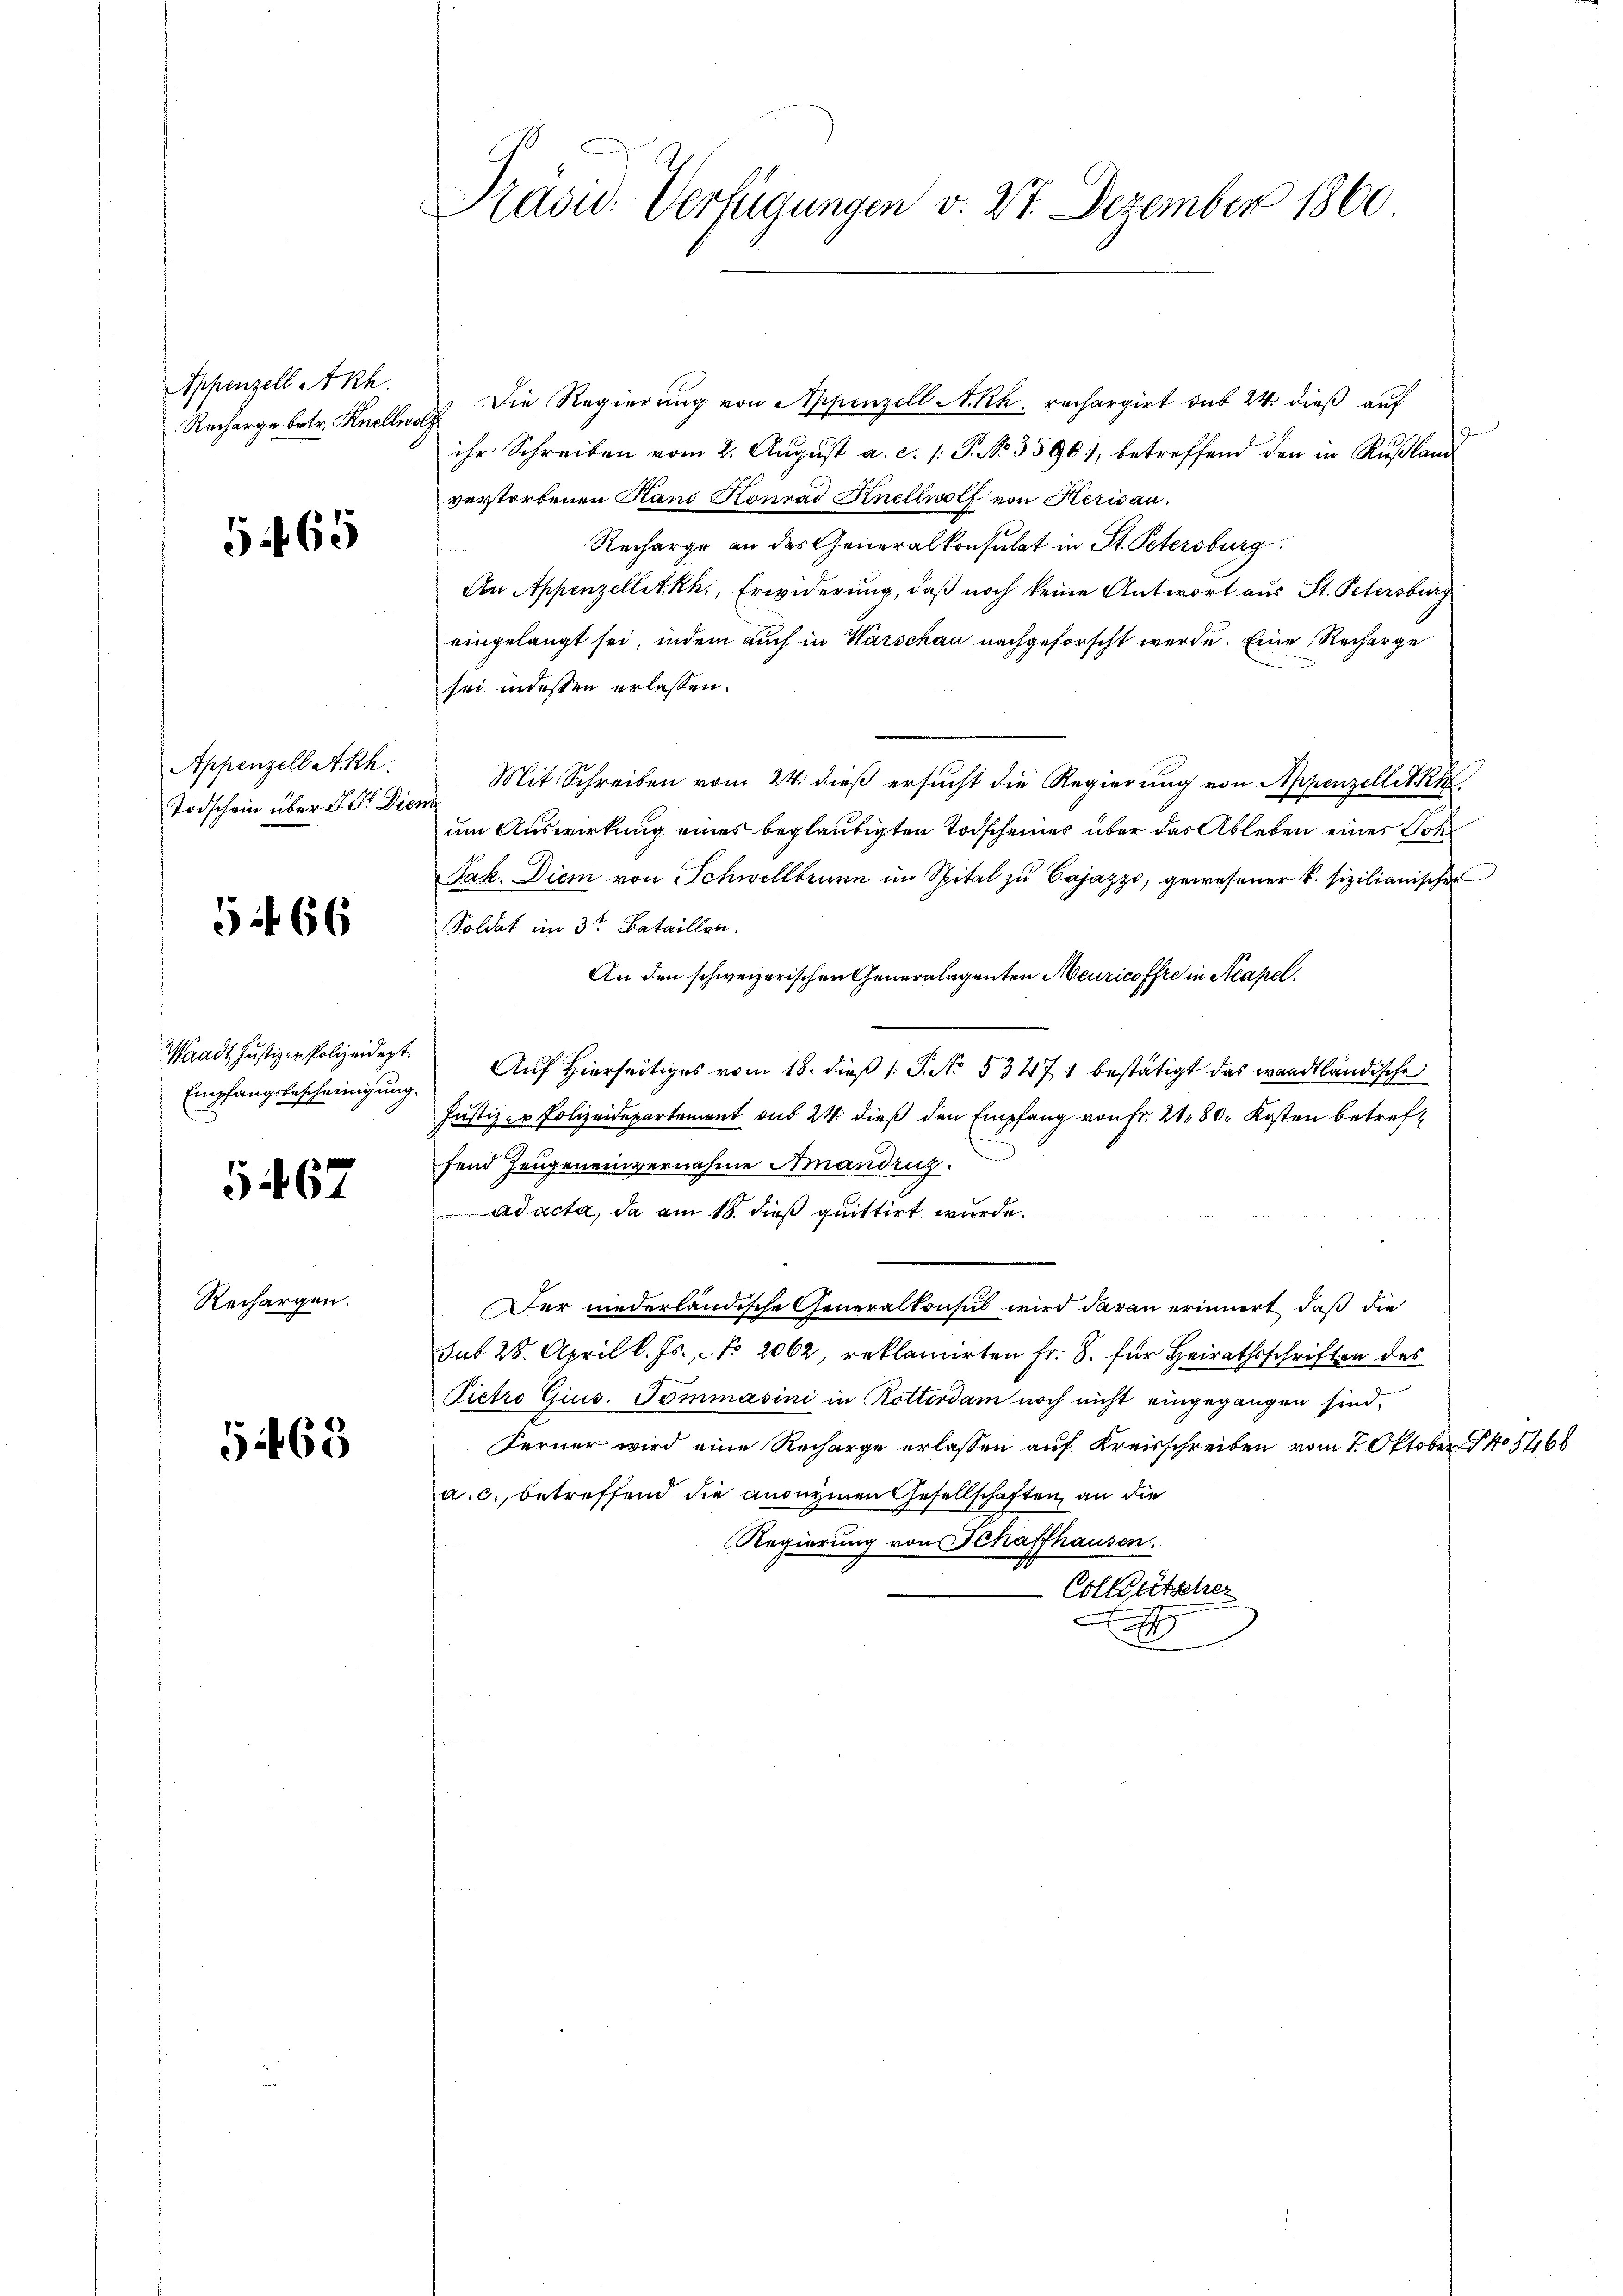
Appenzell Akh.
Recharge betr. Knellwolg

5465

Appenzell A.Rh.
Todschein über d. Dr. Diem

5466

Empfangsbescheinigung.

5467

Rechargen.

5468

Pasid. Verfügungen v. 27. Dezember 1860

Die Regierung von Appenzell A.Rh. rechargirt sub 24. dieß auf
ihr Schreiben vom 2. August a. c. /: P. Nr. 3596), betreffend den in Rußland
verstorbenen Hand Konrad Knellwolf von Herisau.
h
Recharge an des Generalkonsulat in St. Petersburg
An Appenzelletkh., Erwiderung, daß noch keine Antwort aus St. Petersburg
eingelangt sei, indem auch in Warschau nachgeforscht werde. Eine Recharge
sei indessen erlassen.
Mit Schreiben vom 24. dieß ersucht die Regierung von Appenzellitk
um Auswirkung eines beglaubigten Todscheines über das Ableben eines Soh
Jak. Diem von Schwellbrunn im Spital zu Pajazzo, gewesener k. sizilianischer
Soldat im 3te Bataillen.
An den schweizerischen Generalagenten Meuricoffre in Neapel.
Waadt Justiz-Polizeidet. Aŭf Hierseitiges vom 18. dieβ 1: P. No. 53471 bestätigt das waadtländische
Justiz- u Polizeidepartement aus 24 dieß den Empfang von Fr. 280. Kosten betreff
fend Zeugeneinvernahme Amandriz
Adacta, da am 18. dieß quittirt wurde.
s
er niederländische Generalkonsul wird daran erinnert, daß die
sub 28. April l. Js., No. 2062, reklamirten Fr. S. für Heirathsschriften des
Pietro Gius. Tommasini in Rotterdam noch nicht eingegangen sind.
Ferner wird eine Recharge erlassen auf Kreisschreiben vom 7. Oktober No 1468
a. c. betreffend die anonymen Gesellschaften, an die
Regierung von Schaffhausen.
Colkätscher
.